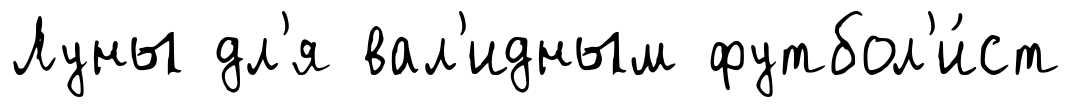
Луны дл'я вал'идным футбол'и́ст